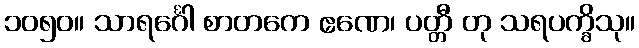
၁၀၅၀။ သာရင်္ဂေါ စာတကေ ဧဏေ၊ ပတ္တီ တု သရပက္ခိသု။